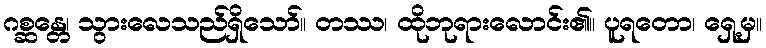
ဂစ္ဆန္တေ၊ သွားလေသည်ရှိသော်။ တဿ၊ ထိုဘုရားလောင်း၏။ ပူရတော၊ ရှေ့မှ။